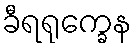
ခီရရုက္ခေန